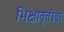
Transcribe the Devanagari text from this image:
भिक्षावृत्तीवर